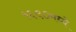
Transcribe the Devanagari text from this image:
१६९०मध्ये